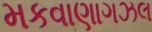
મકવાણાગઝલ